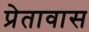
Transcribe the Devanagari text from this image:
प्रेतावास